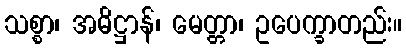
သစ္စာ၊ အဓိဋ္ဌာန်၊ မေတ္တာ၊ ဥပေက္ခာတည်း။